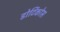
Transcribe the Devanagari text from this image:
डोर्टिकोस